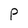
Character: P